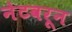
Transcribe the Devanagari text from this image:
नेटवरून